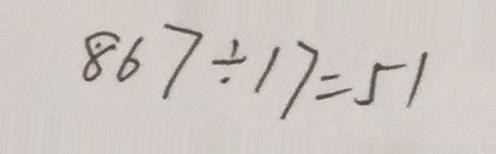
8 6 7 \div 1 7 = 5 1